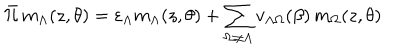
\bar { \cal { H } } \, m _ { \Lambda } ( z , \theta ) = \varepsilon _ { \Lambda } m _ { \Lambda } ( z , \theta ) + \sum _ { \Omega \neq \Lambda } v _ { \Lambda \Omega } ( \beta ) \, m _ { \Omega } ( z , \theta )